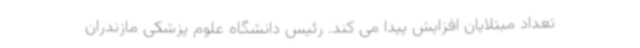
تعداد مبتلایان افزایش پیدا می کند. رئیس دانشگاه علوم پزشکی مازندران